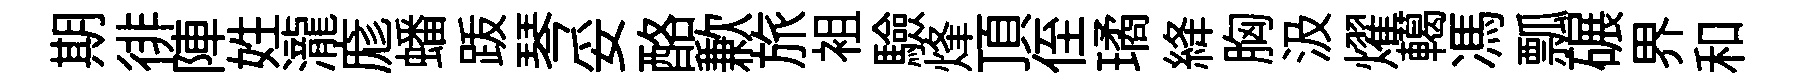
期徘陣姓瀧庬蟠䟦琴妥酪歉旅袓驗烽頂侄璚絳胸汲燿轕馮瓢碾界和